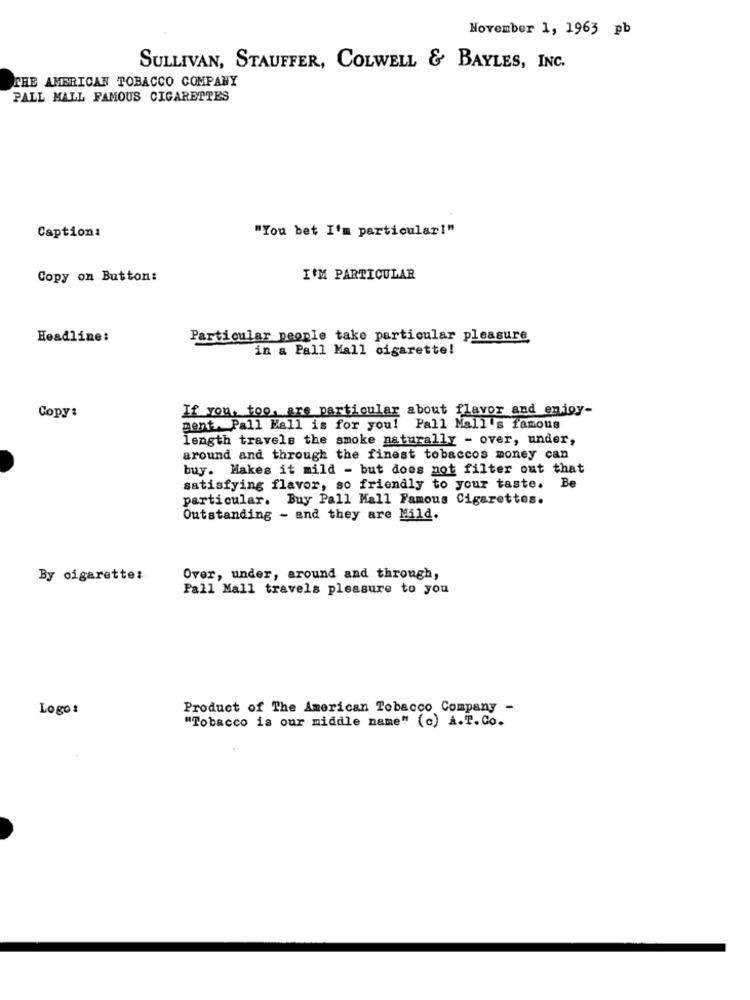
November 1, 1963 pb
SULLIVAN, STAUFFER, COLWELL & BAYLES, INC.
THE AMERICAN TOBACCO COMPANY
PALL MALL FAMOUS CIGARETTES
"You bet I'm particular!"
Caption:
Copy on Button:
I'M PARTICULAR
Headline:
Particular people take particular pleasure
in a Pall Mall cigarette!
If you, too, are particular about flavor and enjoy-
Copy:
gent. Pall Mall is for you! Pall Mall's famous
length travels the smoke naturally - over, under,
around and through the finest tobaccos money can
buy. Makes it mild - but does not filter out that
satisfying flavor, so friendly to your taste.
particular. Buy Pall Mall Famous Cigarettes.
Outstanding - and they are Mild.
By cigarette:
Over, under, around and through,
Pall Mall travels pleasure to you
Logos
Product of The American Tobacco Company -
"Tobacco is our middle name" (c) A.T. Co.